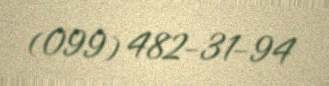
(099) 482-31-94